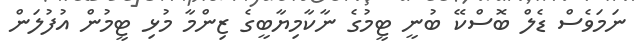
ނަމަވެސް ޑެލް ބޮސްކޭ ބުނީ ޓީމުގެ ނާކާމިޔާބީގެ ޒިންމާ މުޅި ޓީމުން އުފުލަން